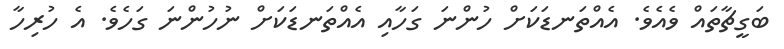
ބަގީޗާތައް ވެއެވެ. އެއްތަނޑަކަށް ހުންނަ ގަހާއި އެއްތަނޑަކަށް ނުހުންނަ ގަހެވެ. އެ ހުރިހާ